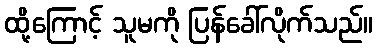
ထို့ကြောင့် သူမကို ပြန်ခေါ်လိုက်သည်။